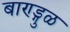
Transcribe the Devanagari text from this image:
बाण्ड्गुळ